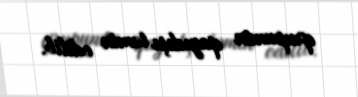
qrupunun qayıdışı təmin edilib.